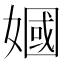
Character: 𫱣